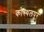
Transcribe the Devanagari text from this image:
कोस्थलपुर